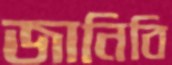
জানিবি